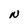
Character: N